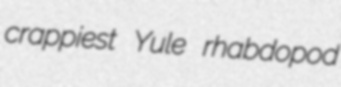
crappiest Yule rhabdopod